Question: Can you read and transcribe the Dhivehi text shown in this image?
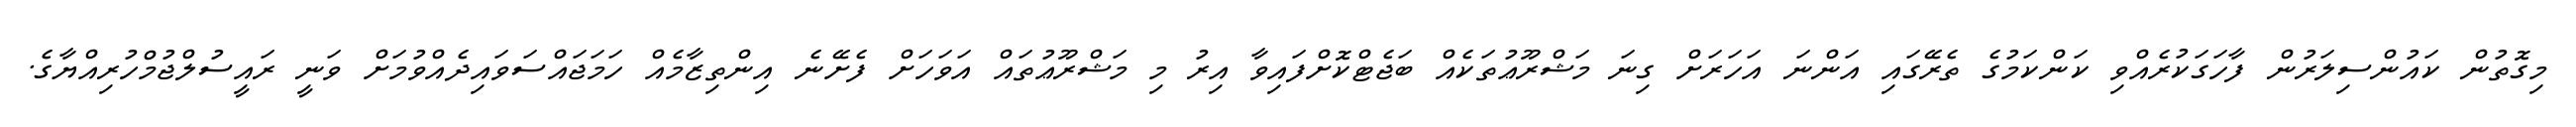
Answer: މިގޮތުން ކައުންސިލަރުން ފާހަގަކުރެއްވި ކަންކަމުގެ ތެރޭގައި އަންނަ އަހަރަށް ގިނަ މަޝްރޫޢުތަކެއް ބަޖެޓްކޮށްފައިވާ އިރު މި މަޝްރޫޢުތައް އަވަހަށް ފެށޭނެ އިންތިޒާމެއް ހަމަޖައްސަވައިދެއްވުމަށް ވަނީ ރައީސުލްޖުމްހުރިއްޔާގެ.